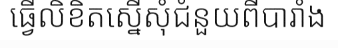
ធ្វើលិខិតស្នើសុំជំនួយពីបារាំង